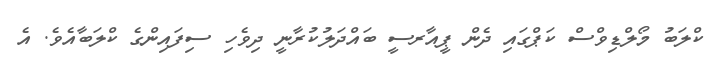
ކްލަބު މޯލްޑިވްސް ކަޕްގައި ދެން ޕީއާރސީ ބައްދަލުކުރާނީ ދިވެހި ސިފައިންގެ ކްލަބާއެވެ. އެ